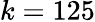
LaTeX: k=125